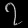
Digit: ၇